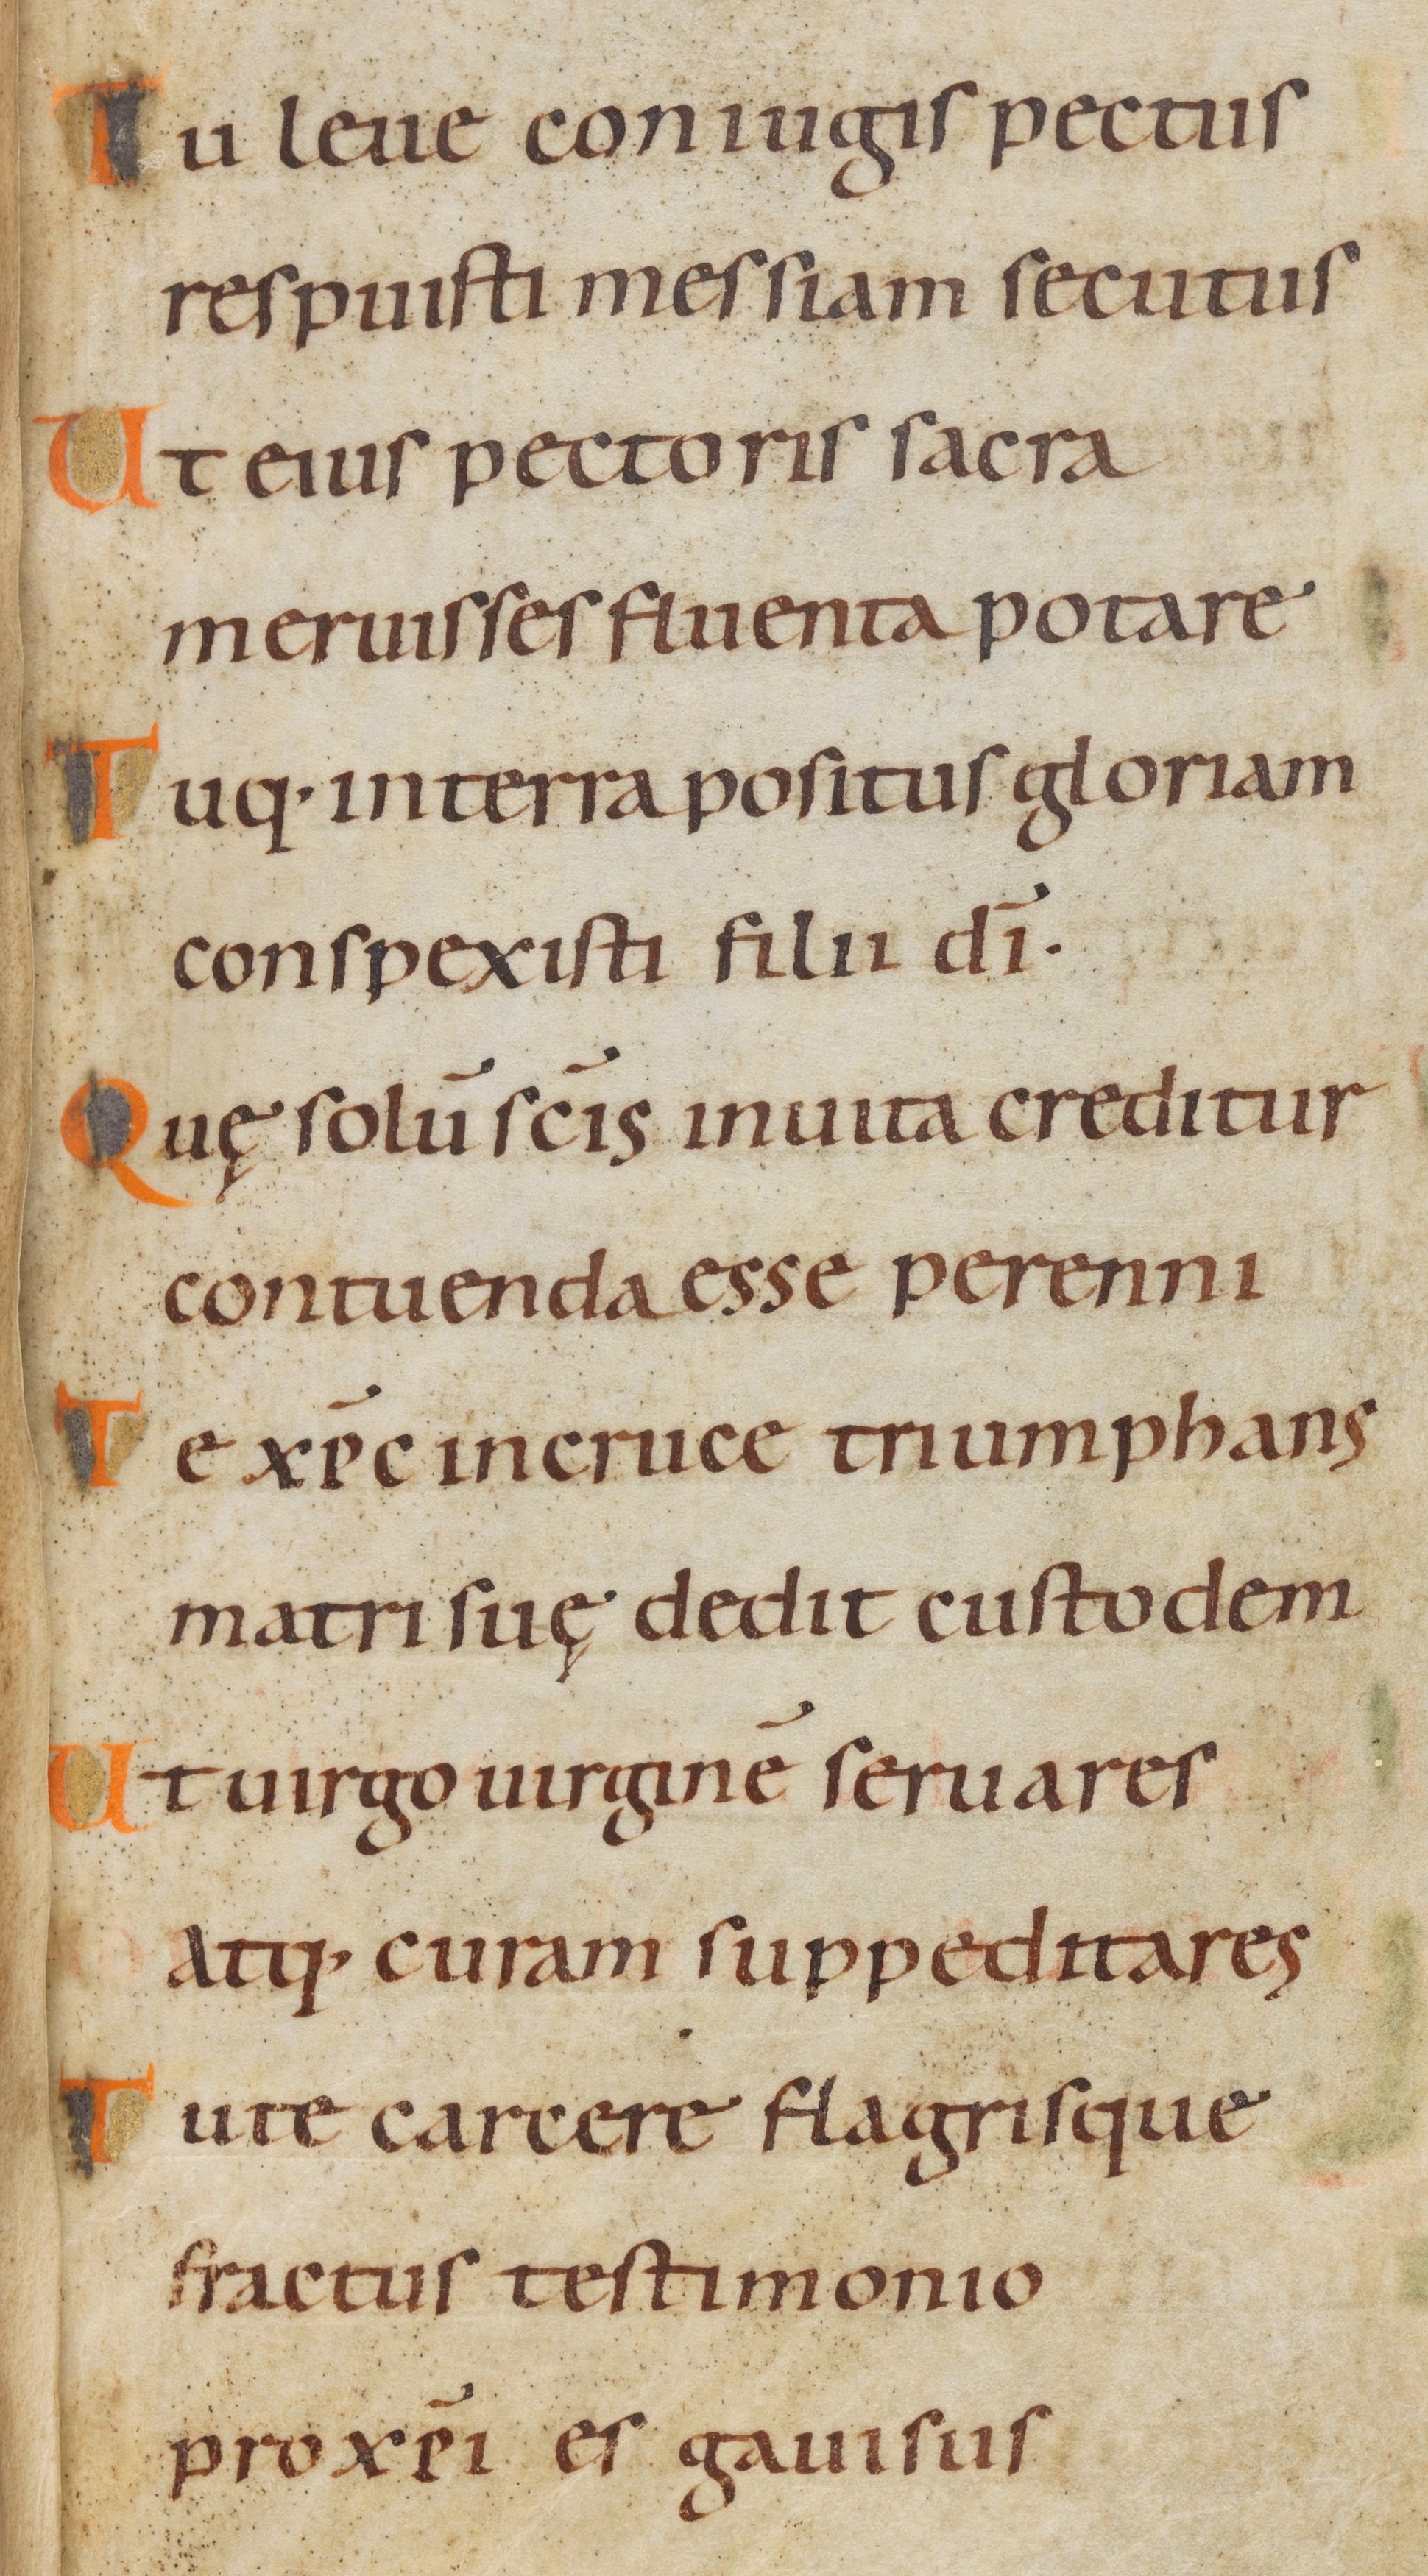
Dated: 945–985